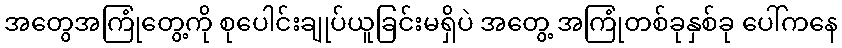
အတွေအကြုံတွေ့ကို စုပေါင်းချုပ်ယူခြင်းမရှိပဲ အတွေ့ အကြုံတစ်ခုနှစ်ခု ပေါ်ကနေ